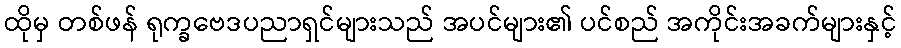
ထိုမှ တစ်ဖန် ရုက္ခဗေဒပညာရှင်များသည် အပင်များ၏ ပင်စည် အကိုင်းအခက်များနှင့်